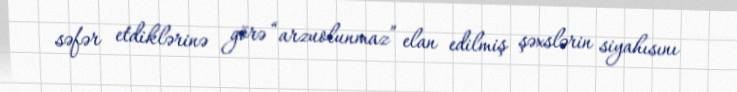
səfər etdiklərinə görə “arzuolunmaz” elan edilmiş şəxslərin siyahısını